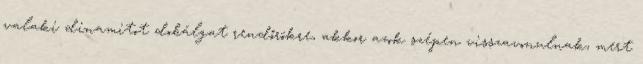
valaki dinamitot dobálgat rendőrökre, akkor azok szépen visszavonulnak, mert